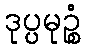
ဒုပ္ပမုဉ္စံ